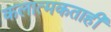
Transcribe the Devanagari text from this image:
कलात्मकताही